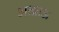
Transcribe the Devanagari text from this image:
अत्य्राऊ